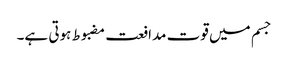
جسم میں قوت مدافعت مضبوط ہوتی ہے۔